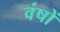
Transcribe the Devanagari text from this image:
वंषों